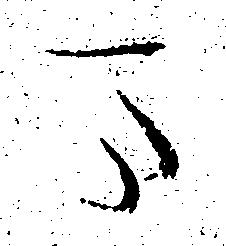
ま